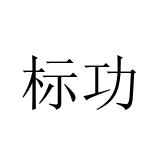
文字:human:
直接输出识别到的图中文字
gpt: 标功